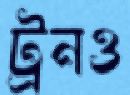
ট্রনও